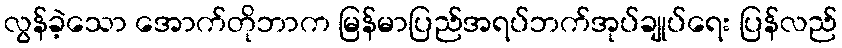
လွန်ခဲ့သော အောက်တိုဘာက မြန်မာပြည်အရပ်ဘက်အုပ်ချုပ်ရေး ပြန်လည်